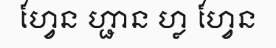
ហ្វែន ហ្ជាន ហ្ល ហ្វែន